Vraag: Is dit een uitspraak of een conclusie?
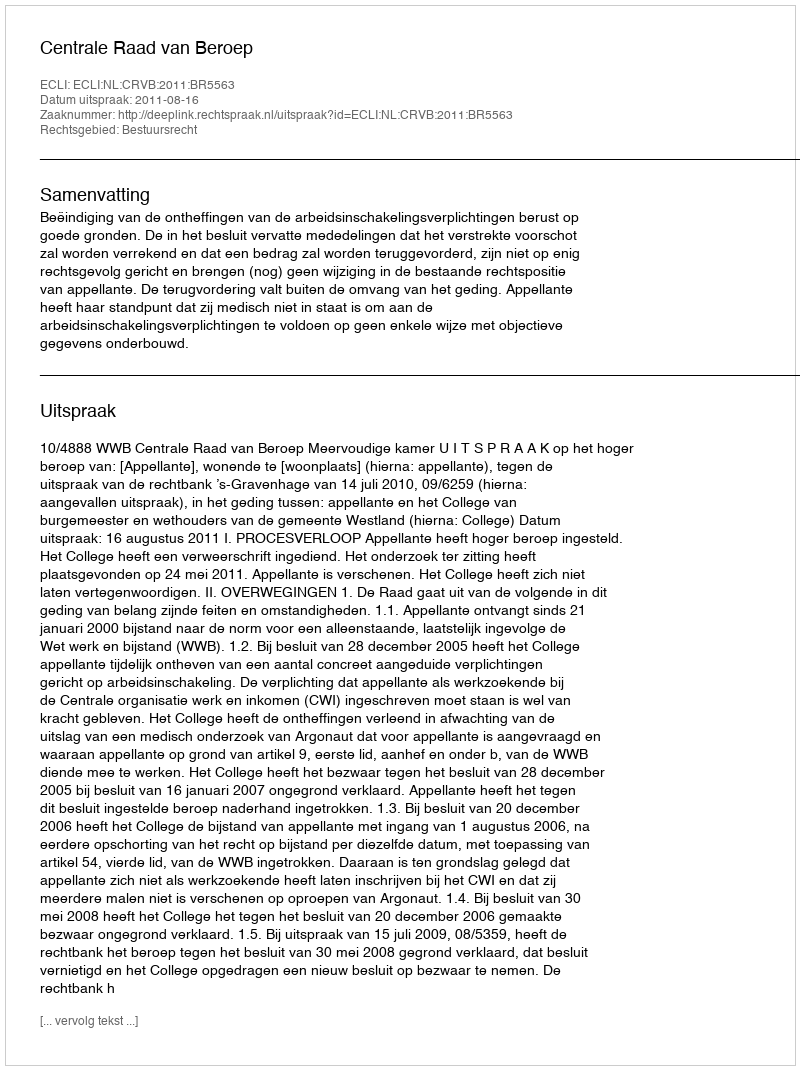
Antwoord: Uitspraak